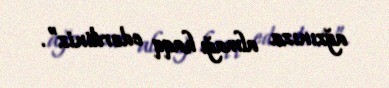
ağzınıza almağı haqq edərdiniz”.